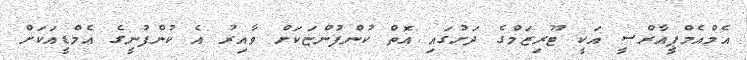
އެމްއެމްޕީއާރްސީ އަކީ ޓޫރިޒަމްގެ ދަށުގައި އޮތް ކުންފުންޏަކަށް ވާއިރު އެ ކުންފުނީގެ އެމްޑީއަކަށް